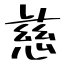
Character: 慈